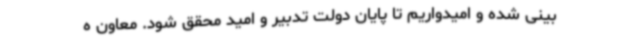
بینی شده و امیدواریم تا پایان دولت تدبیر و امید محقق شود. معاون ه